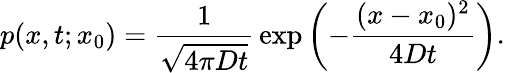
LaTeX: p(x,t;x_{0})={\frac{1}{\sqrt{4\pi Dt}}}\exp\left(-{\frac{(x-x_{0})^{2}}{4Dt}}\right).